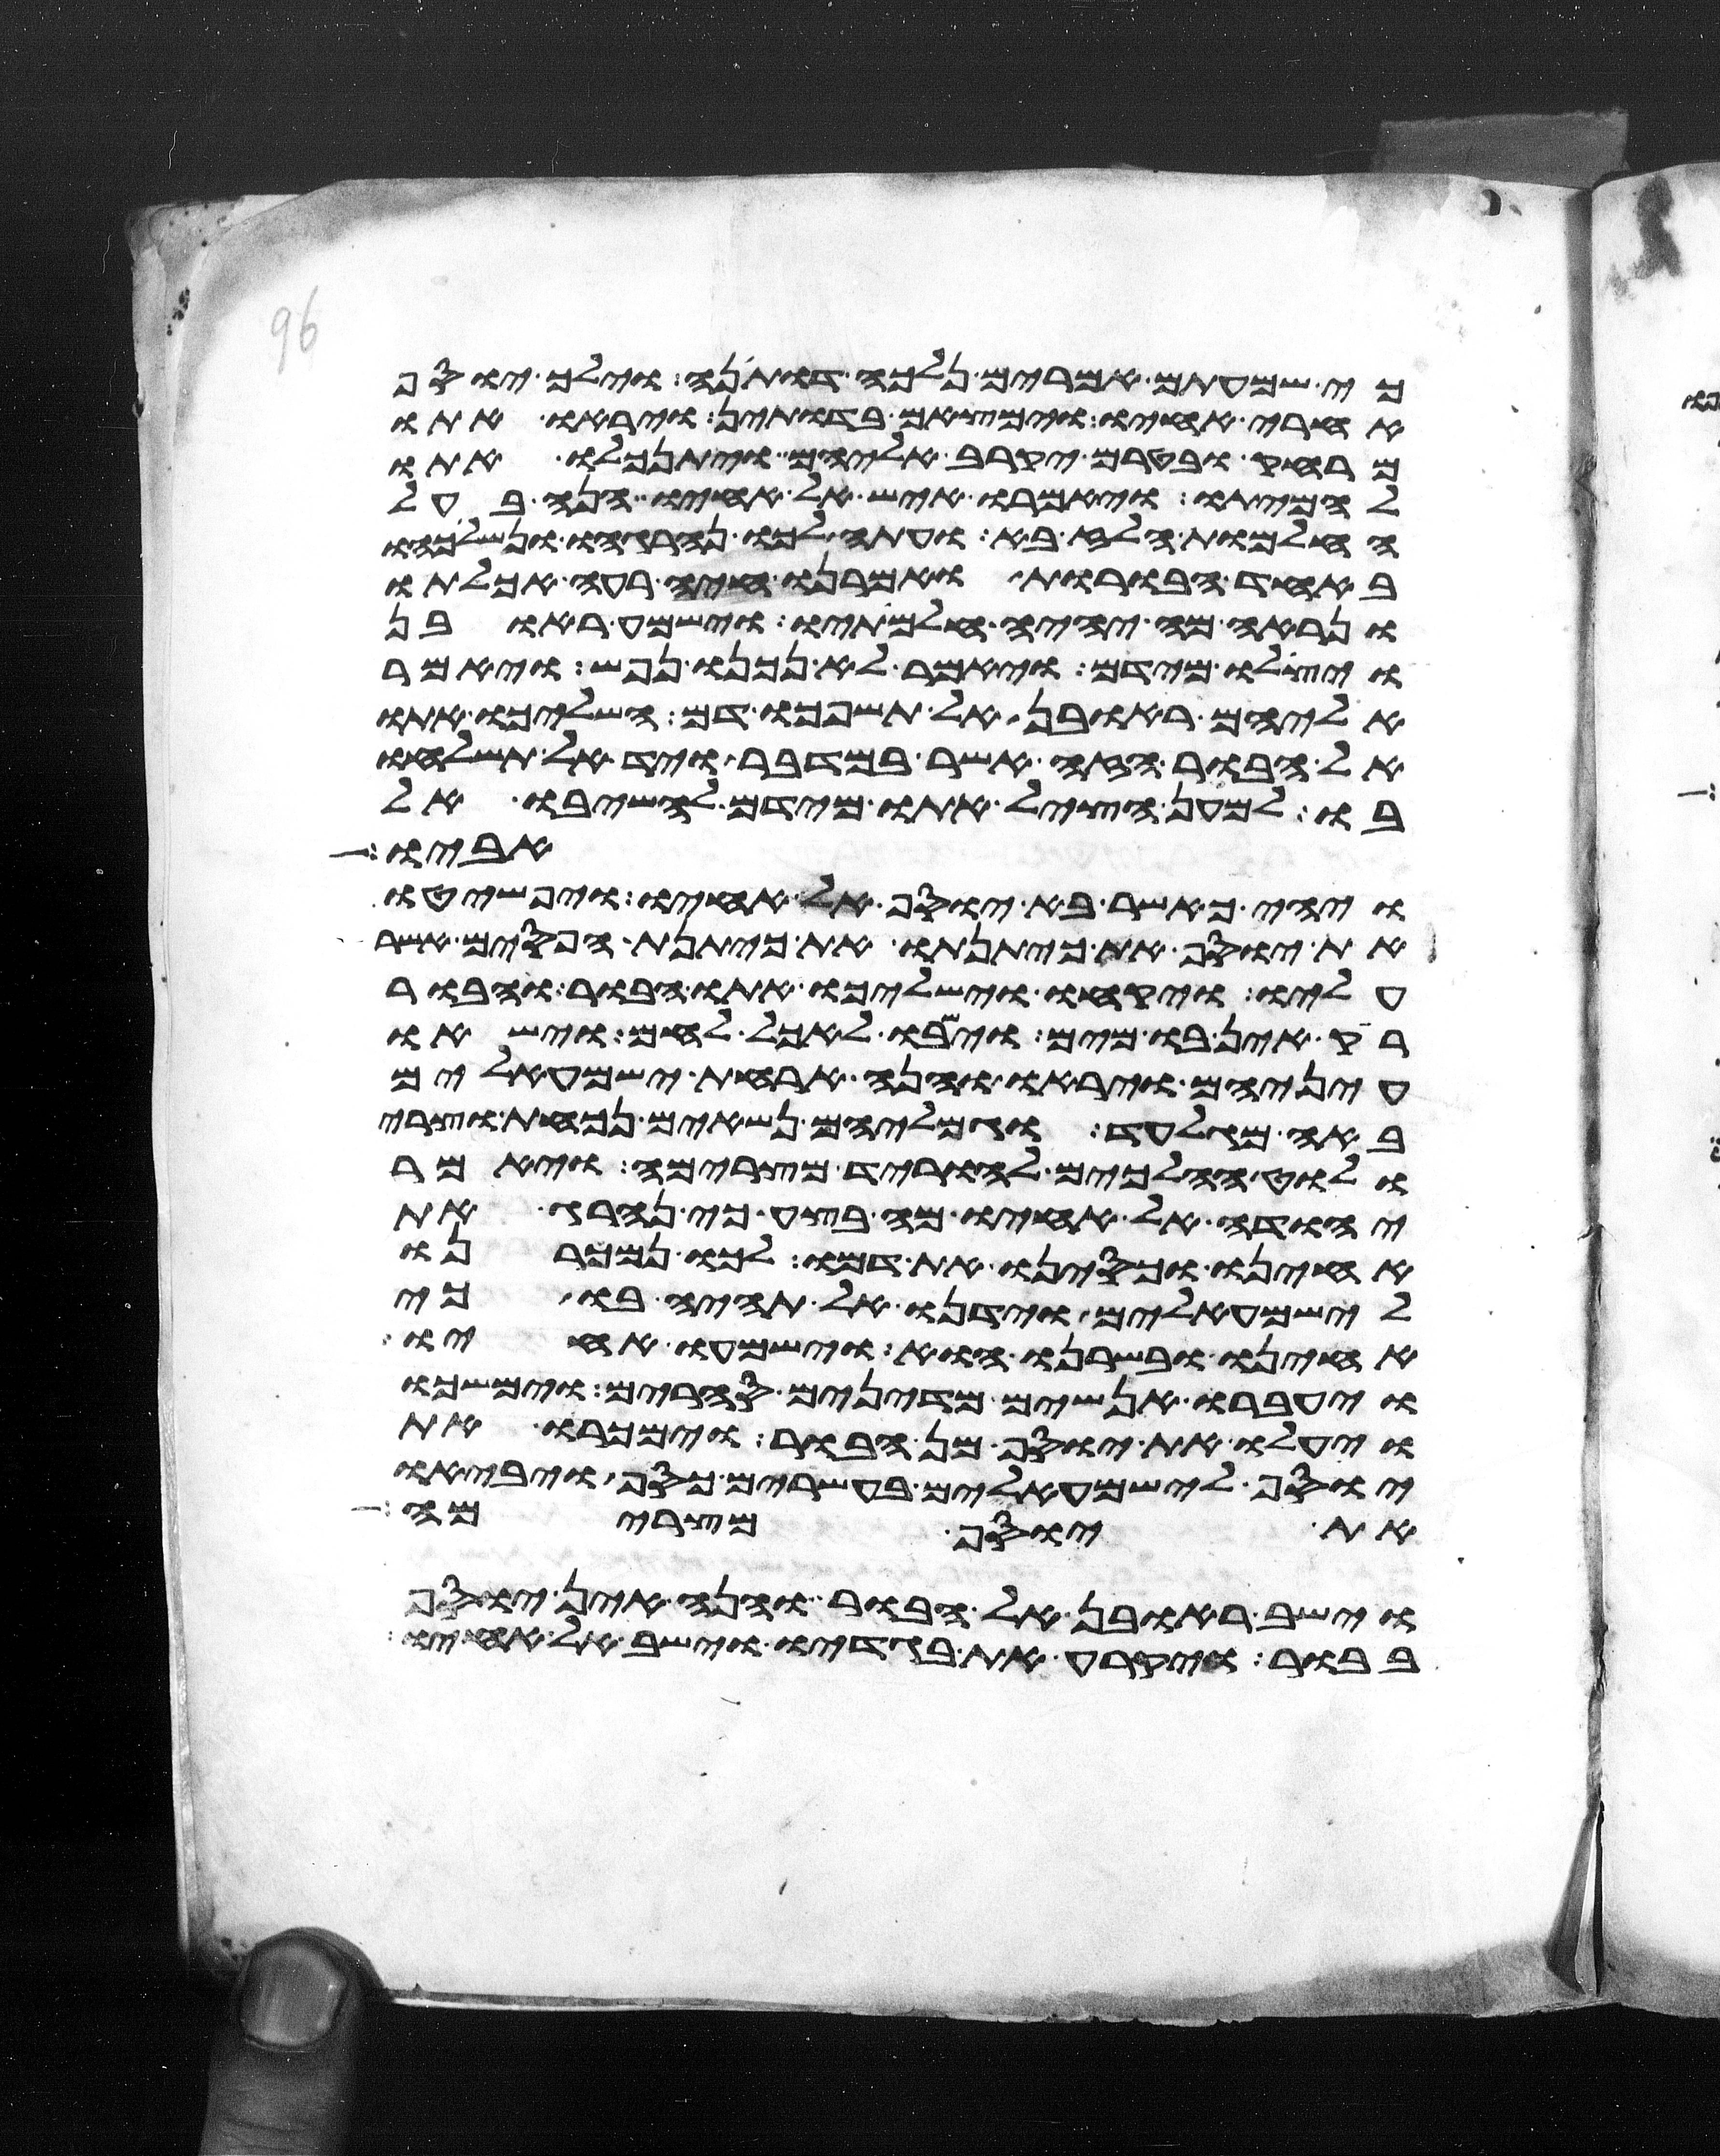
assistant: כי שמעתים אמרים נלכה דותינה וילך יוסף
אחרי אחיו וימצאם בדותין ויראו אתו
מרחק בטרם יקרב אליהם ויתנכלו אתו
להמיתו ויאמרו איש אל אחיו הנה בעל
החלמות הלז בא ועתה לכו ונהרגהו ונשליכהו
באחד הבורות ואמרנו חיה רעה אכלתו
ונראה מה יהיה חלמתיו וישמע ראובן
ויצלו מידם ויאמר לא נכנו נפש ויאמר
אליהם ראובן אל תשפכו דם השליכו אתו
אל הבור הזה אשר במדבר ויד אל תשלחו
בו למען הציל אתו מידם להשיבו אל
אביו
ויהי כאשר בא יוסף אל אחיו ויפשטו
את יוסף את כיתנתו את כיתנת הפסים אשר
עליו ויקחו וישלכו אתו הבור והבור
ריק אין בו מים וישבו לאכל לחם וישאו
עיניהם ויראו והנה ארחת ישמעאלים
באה מגלעד וגמליהם נשאים נכאת וצרי
ולוט הלכים להוריד מצרימה ויאמר
יהודה אל אחיו מה בצע כי נהרג את
אחינו וכסינו את דמו לכו נמכרנו
לישמעאלים וידנו אל תהיה בו כי
אחינו ובשרנו הוא וישמעו אחיו
ויעברו אנשים מדינים סחרים וימשכו
ויעלו את יוסף מן הבור וימכרו את
יוסף לישמעאלים בעשרים כסף ויביאו
את יוסף מצרימה
וישב ראובן אל הבור והנה אין יוסף
בבור ויקרע את בגדיו וישב אל אחיו